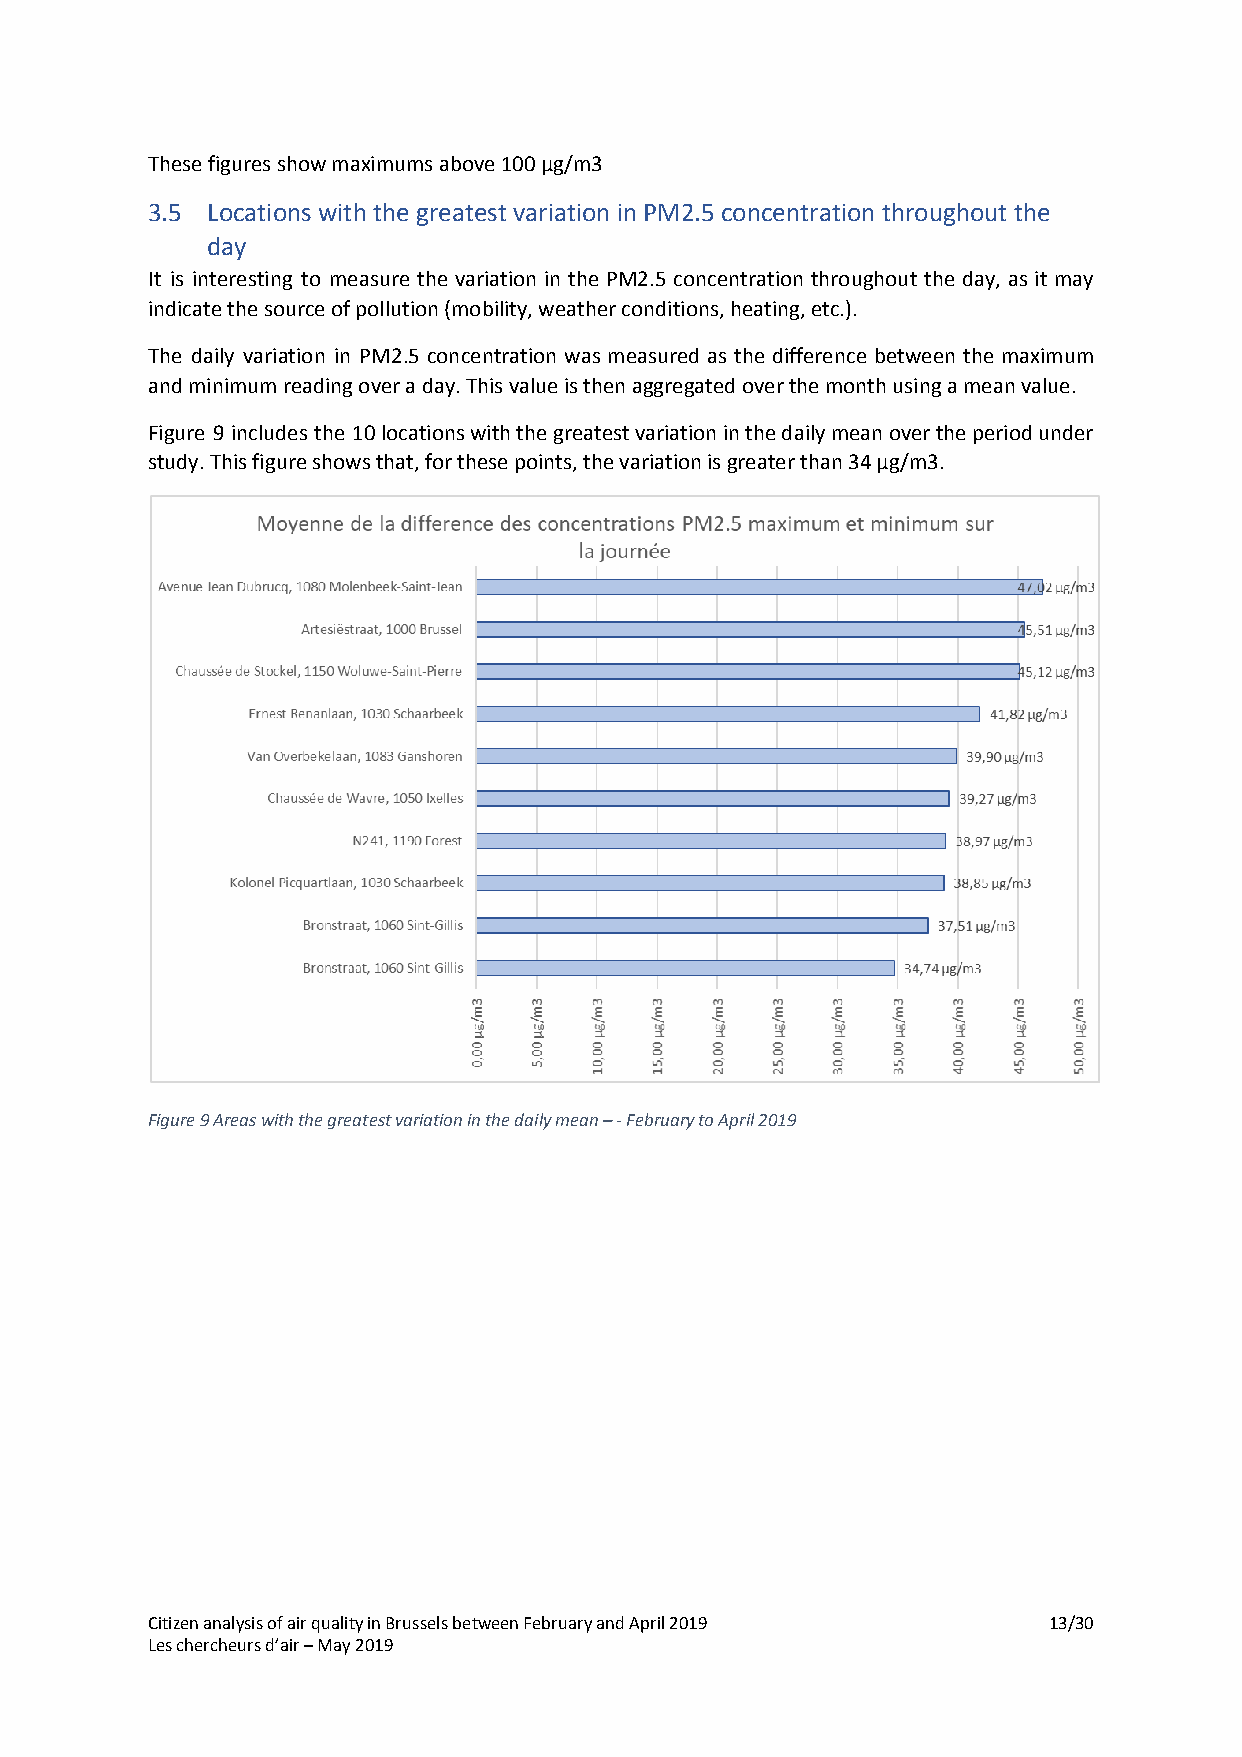
These figures show maximums above 100 µg/m3
 3.5 Locations with the greatest variation in PM2.5 concentration throughout the
 day
 It is interesting to measure the variation in the PM2.5 concentration throughout the day, as it may
 indicate the source of pollution (mobility, weather conditions, heating, etc.).
 The daily variation in PM2.5 concentration was measured as the difference between the maximum
 and minimum reading over a day. This value is then aggregated over the month using a mean value.
 Figure 9 includes the 10 locations with the greatest variation in the daily mean over the period under
 study. This figure shows that, for these points, the variation is greater than 34 µg/m3.
 Figure 9 Areas with the greatest variation in the daily mean – - February to April 2019
 Citizen analysis of air quality in Brussels between February and April 2019 13/30
 Les chercheurs d’air – May 2019